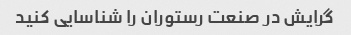
گرایش در صنعت رستوران را شناسایی کنید